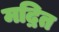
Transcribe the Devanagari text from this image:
मद्रित